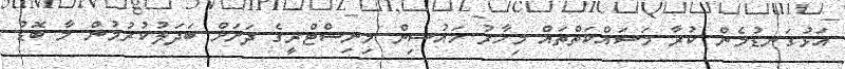
އަޅުގަނޑުމެން ކުރާ މަސައްކަތްތައް މިހާރު ހައުސިން މިނިސްޓްރީގެ ދަށަށް ބަދަލުކުރުމުން މާ ބޮޑު